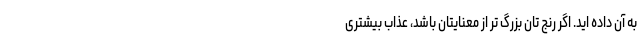
به آن داده اید. اگر رنج تان بزرگ تر از معنایتان باشد، عذاب بیشتری